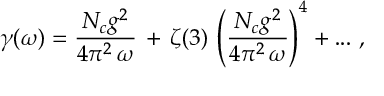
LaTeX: \gamma ( \omega ) = \frac { N _ { c } g ^ { 2 } } { 4 \pi ^ { 2 } \, \omega } \, + \, \zeta ( 3 ) \, \left( \frac { N _ { c } g ^ { 2 } } { 4 \pi ^ { 2 } \, \omega } \right) ^ { 4 } + . . . \, \, ,